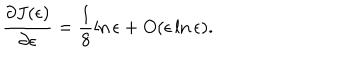
\frac { \partial J ( \epsilon ) } { \partial \epsilon } = \frac { 1 } { 8 } \ln \epsilon + O ( \epsilon \ln \epsilon ) .